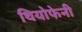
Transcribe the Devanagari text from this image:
थियोफेनी